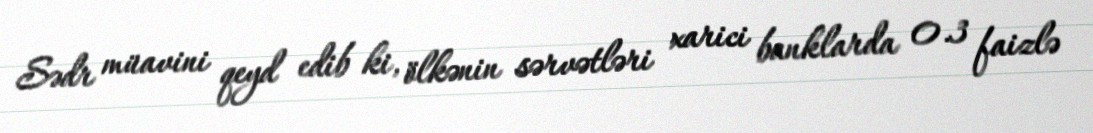
Sədr müavini qeyd edib ki, ölkənin sərvətləri xarici banklarda 0.3 faizlə